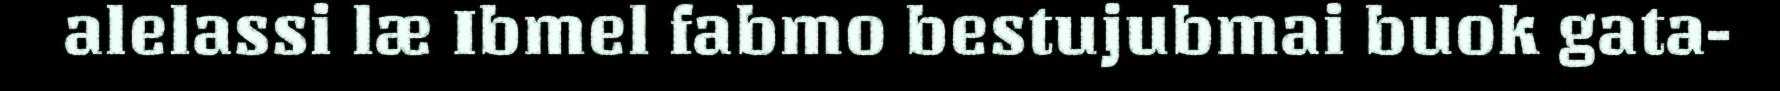
alelassi læ Ibmel fabmo bestujubmai buok gata-